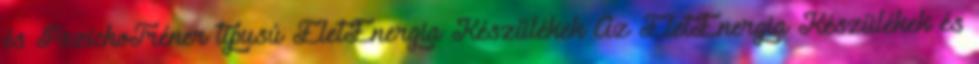
és PszichoTréner tipusú ÉletEnergia Készülékek Az ÉletEnergia Készülékek és